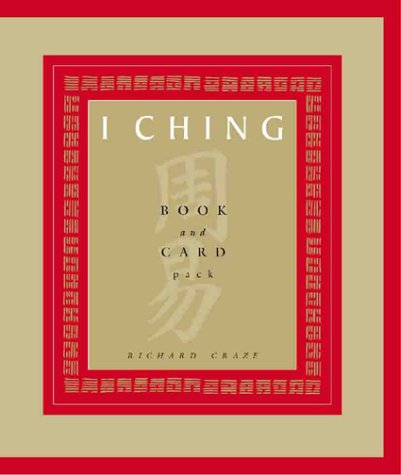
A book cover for I Ching Book & Card Pack; Richard Craze; Religion & Spirituality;